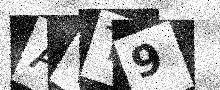
Text: AVT9